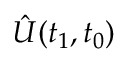
\hat { U } ( t _ { 1 } , t _ { 0 } )